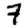
Digit: 7